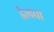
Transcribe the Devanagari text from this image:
डेलचा